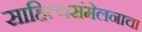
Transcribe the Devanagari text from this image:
साहित्यसंमेलनाचा